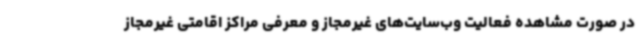
در صورت مشاهده فعالیت وب‌سایت‌های غیرمجاز و معرفی مراکز اقامتی غیرمجاز